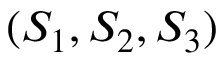
( S _ { 1 } , S _ { 2 } , S _ { 3 } )